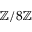
\mathbb { Z } / 8 \mathbb { Z }